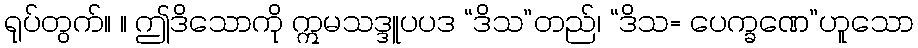
ရုပ်တွက်။ ။ ဤဒိသောကို ဣမသဒ္ဒူပပဒ “ဒိသ”တည်၊ “ဒိသ= ပေက္ခဏေ”ဟူသော